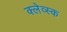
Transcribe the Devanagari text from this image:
क्लेव्स्क